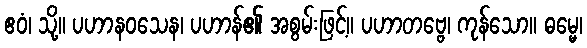
ဧဝံ၊ သို့။ ပဟာနဝသေန၊ ပဟာန်၏ အစွမ်းဖြင့်။ ပဟာတဗ္ဗေ၊ ကုန်သော။ ဓမ္မေ၊